Production of alkali in liquid media by the Bacillus pestis - Number 33
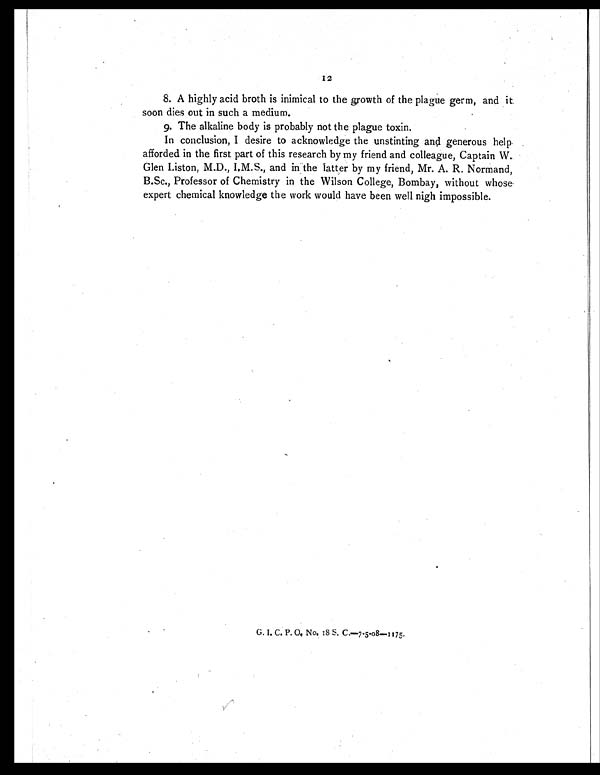
12
8.A highly acid broth is inimical to the growth of the plague germ, and it.
soon dies out in such a medium.
9.The alkaline body is probably not the plague toxin.
In conclusion, I desire to acknowledge the unstinting and generous help
afforded in the first part of this research by my friend and colleague, Captain W.
Glen Liston, M.D., I.M.S., and in the latter by my friend, Mr. A. R. Normand,
B.Sc., Professor of Chemistry in the Wilson College, Bombay, without whose
expert chemical knowledge the work would have been well nigh impossible.
G. I. C. P. O. No. 18 S. C.—7.5.08—1175.